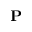
{ \bf P }